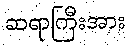
ဆရာကြီးအား